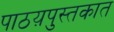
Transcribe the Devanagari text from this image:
पाठय़पुस्तकात